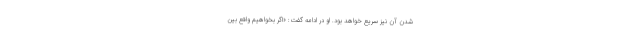
شدن آن نیز سریع خواهد بود. او در ادامه گفت: «اگر بخواهیم واقع بین